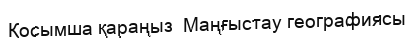
Қосымша қараңыз  Маңғыстау географиясы